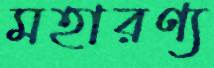
মহারণ্য